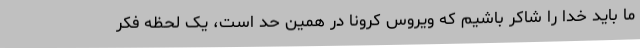
ما باید خدا را شاکر باشیم که ویروس کرونا در همین حد است، یک لحظه فکر